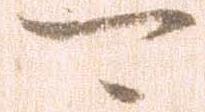
可